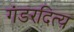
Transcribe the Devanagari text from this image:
गंडरदित्य